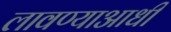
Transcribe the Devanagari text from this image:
लावण्‍याआधी